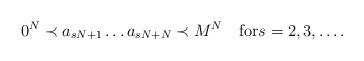
LaTeX: \begin{align*}0^N\prec a_{sN+1}\ldots a_{sN+N}\prec M^N\quad\textrm{for}s=2,3,\ldots.\end{align*}